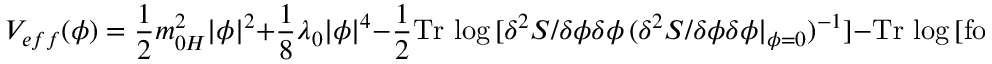
V _ { e f f } ( \phi ) = \frac { 1 } { 2 } m _ { 0 H } ^ { 2 } | \phi | ^ { 2 } + \frac { 1 } { 8 } \lambda _ { 0 } | \phi | ^ { 4 } - \frac { 1 } { 2 } \mathrm { T r } \, \log \, [ \delta ^ { 2 } S / \delta \phi \delta \phi \, ( \delta ^ { 2 } S / \delta \phi \delta \phi | _ { \phi = 0 } ) ^ { - 1 } ] - \mathrm { T r } \, \log \, [ \mathrm { f o r ~ o t h e r ~ f i e l d s } ]